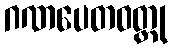
ဂဏပေတဝတ္ထု